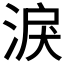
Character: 淚